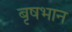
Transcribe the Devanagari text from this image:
बृषभान